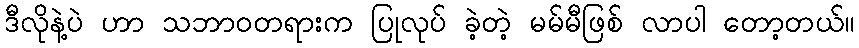
ဒီလိုနဲ့ပဲ ဟာ သဘာဝတရားက ပြုလုပ် ခဲ့တဲ့ မမ်မီဖြစ် လာပါ တော့တယ်။